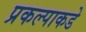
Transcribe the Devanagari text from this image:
प्रकल्पाकडे